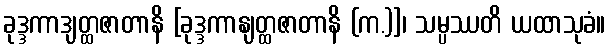
ခုဒ္ဒကာဒျတ္ထဇာတာနိ [ခုဒ္ဒကာနျတ္ထဇာတာနိ (က.)]၊ သမ္ပဿတိ ယထာသုခံ။